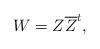
LaTeX: \begin{align*} W=Z\overline{Z}^{t},\end{align*}